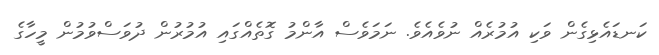
ކަނޑައެޅިގެން ވަކި އުމުރެއް ނުވެއެވެ. ނަމަވެސް އާންމު ގޮތެއްގައި އުމުރުން ދުވަސްވުމުން މީހާގެ